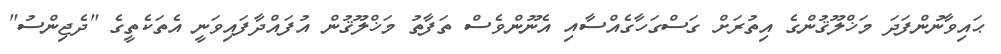
ޙައިވާނުންފަދަ މަޚްލޫޤުންގެ އިތުރަށް ގަސްގަހާގެއްސާއި އެނޫންވެސް ތަފާތު މަޚްލޫޤުން އުފައްދާފައިވަނީ އެތަކެތީގެ "ދެޖިންސު"